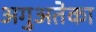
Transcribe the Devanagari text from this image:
अगुअतेका